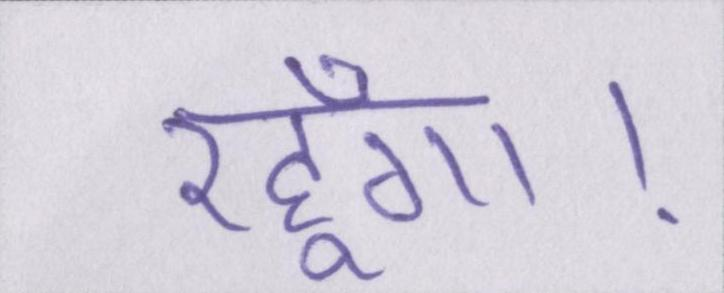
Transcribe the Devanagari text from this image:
रहूँगा।